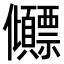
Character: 𫤕